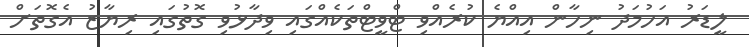
ލީޑަރު އަހުމަދު ނިހާން އިއްޔެ ކުރެއްވި ޓްވީޓްތަކެއްގައި ވިދާޅުވި ގޮތުގައި ރިޔާޒު އެގޮތަށް